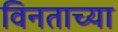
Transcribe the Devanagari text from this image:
विनताच्या